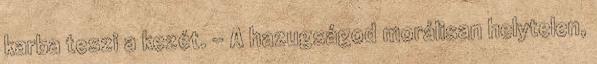
karba teszi a kezét. – A hazugságod morálisan helytelen,